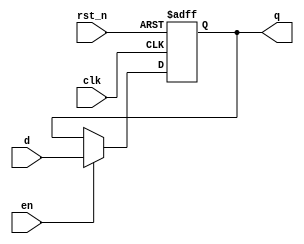
module dffre#(
	parameter WIDTH = 1
)(
	input 					clk,
	input 					rst_n,
	input  	[WIDTH -1:0]	d,
	input					en,
	output reg[WIDTH -1:0]	q
);
always @(posedge clk or negedge rst_n)begin
	if(~rst_n)  q <= {WIDTH{1'b0}};
	else if(en) q <= d;
end
endmodule